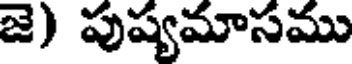
జె) పుష్యమాసము